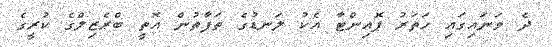
ދެ ވަނައިގައި ހަތަރު ޕޮއިންޓާ އެކު ލަނޑުގެ ތަފާތުން އޮތީ ބްރެޒިލްގެ ކުރީގެ